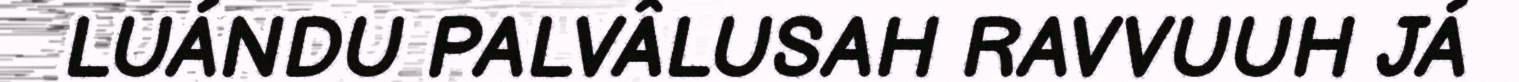
LUÁNDU PALVÂLUSAH RAVVUUH JÁ